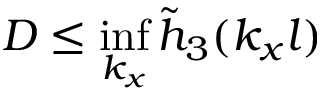
D \leq \operatorname* { i n f } _ { k _ { x } } \tilde { h } _ { 3 } ( k _ { x } l )